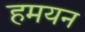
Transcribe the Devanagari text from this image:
हमयन